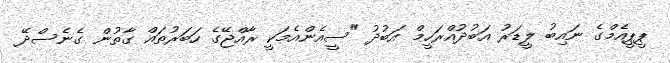
ޕީޕީއެމްގެ ނައިބު ލީޑަރު އަބުދުއްރަހީމް އަބުދު "ސީއެންއެމަކީ ރާއްޖޭގެ ހަބަރުތައް ގާތުން ގެނެސްދޭ